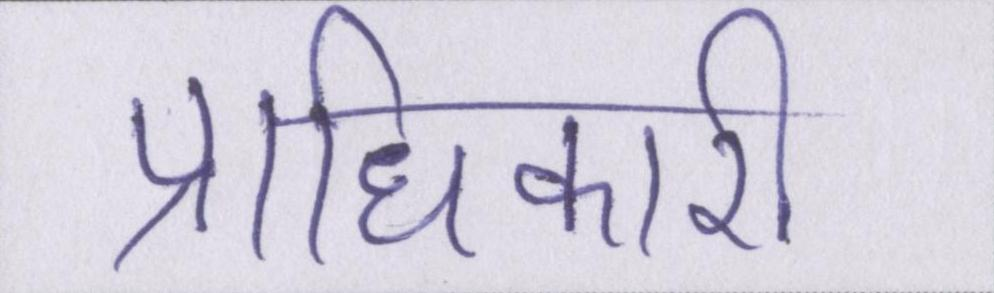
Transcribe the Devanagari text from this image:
प्राधिकारी